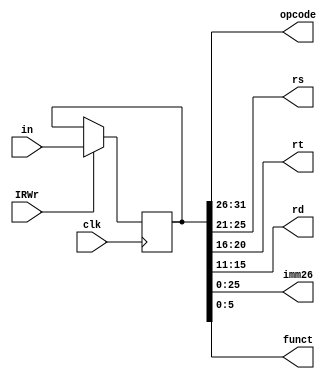
module ir(clk,IRWr,in,opcode,rs,rt,rd,imm26,funct);
  input [31:0]in;
  input clk,IRWr;
  
  output [25:0] imm26;
  output [4:0] rs,rt,rd;
  output[5:0] opcode,funct;
  
  reg [31:0] ir;
  
  always@(posedge clk)
  begin
    if(IRWr)
      ir<=in;
    else
      ir<=ir;
  end
  
  assign opcode=ir[31:26];
  assign rs=ir[25:21];
  assign rt=ir[20:16];
  assign rd=ir[15:11];
  assign imm26=ir[25:0];
  assign funct=ir[5:0];
endmodule